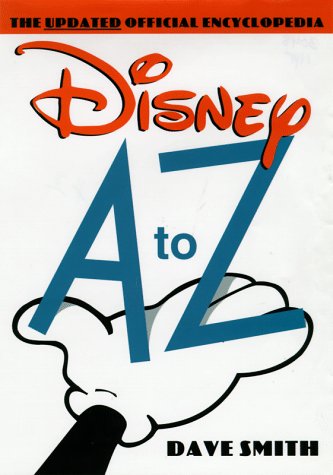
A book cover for Disney A to Z: The Updated Official Encyclopedia; David Smith; Humor & Entertainment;